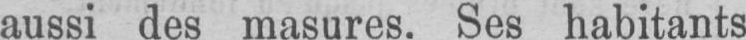
aussi des masures. Ses habitants